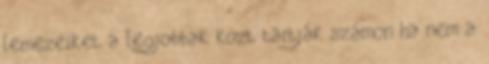
lemezeiket a legjobbak közt tartják számon ha nem a